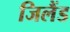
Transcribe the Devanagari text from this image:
जिलैंड